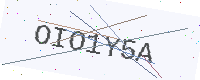
Text: OIO1Y5A